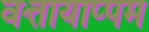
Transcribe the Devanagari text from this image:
वत्तायाप्पम